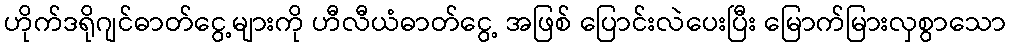
ဟိုက်ဒရိုဂျင်ဓာတ်ငွေ့များကို ဟီလီယံဓာတ်ငွေ့ အဖြစ် ပြောင်းလဲပေးပြီး မြောက်မြားလှစွာသော